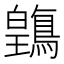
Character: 𲍥